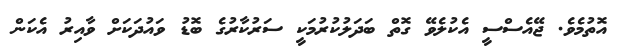
އޮތުމެވެ. ޖޭއެސްސީ އެކުލެވޭ ގޮތް ބަދަލުކުރުމަކީ ސަރުކާރުގެ ބޮޑު ވައުދަކަށް ވާއިރު އެކަން